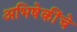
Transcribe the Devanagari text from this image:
अभिषेकींचे